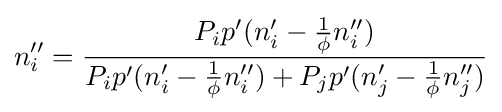
n_{i}''={\frac {P_{i}p'(n_{i}'-{\frac {1}{\phi }}n_{i}'')}{P_{i}p'(n_{i}'-{\frac {1}{\phi }}n_{i}'')+P_{j}p'(n_{j}'-{\frac {1}{\phi }}n_{j}'')}}